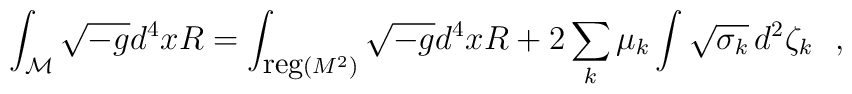
\int_{\cal M} \sqrt{-g}d^4x R=\int_{{\mbox{\small{reg}}} (M^2)} \sqrt{-g}d^4x R+2\sum_k\mu_k \int \sqrt{\sigma_k}\,d^2\zeta_k~~,